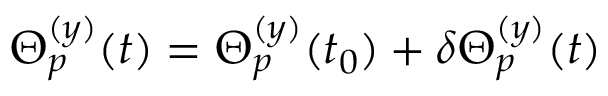
\Theta _ { p } ^ { ( y ) } ( t ) = \Theta _ { p } ^ { ( y ) } ( t _ { 0 } ) + \delta \Theta _ { p } ^ { ( y ) } ( t )